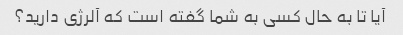
آیا تا به حال کسی به شما گفته است که آلرژی دارید؟